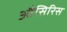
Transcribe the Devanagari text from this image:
औसिरिस